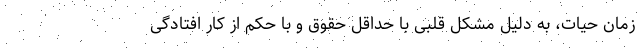
زمان حیات، به دلیل مشکل قلبی با حداقل حقوق و با حکم از کار افتادگی